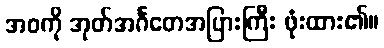
အဝကို အုတ်အင်္ဂတေအပြားကြီး ဖုံးထား၏။